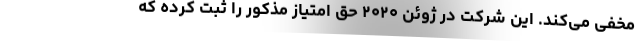
مخفی می‌کند. این شرکت در ژوئن ۲۰۲۰ حق امتیاز مذکور را ثبت کرده که